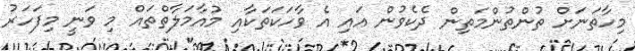
މިހާތަނަށް ތުންތުންމަތިން ދެކެވުން އައި އެ ވާހަކަތަކާއި މުއާމަލާތްތައް މި ވަނީ މިފަހަރު